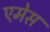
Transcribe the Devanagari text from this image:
एमेस